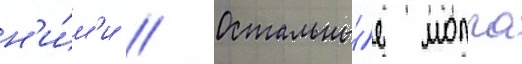
н'и́м'и // Остальны́е молча